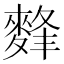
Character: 䴶